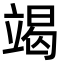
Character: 竭